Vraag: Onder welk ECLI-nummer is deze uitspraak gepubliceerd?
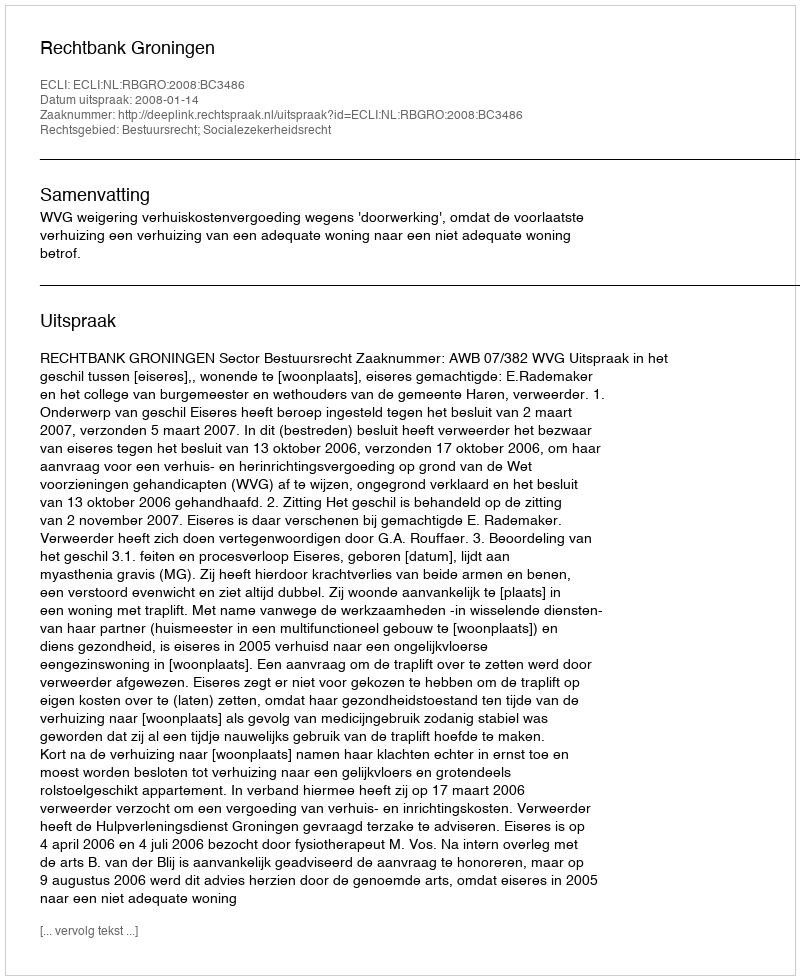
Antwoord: ECLI:NL:RBGRO:2008:BC3486